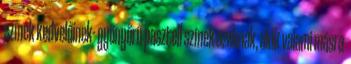
színek kedvelőinek- gyönyörű pasztell színek azoknak, akik valami másra